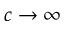
c \to \infty